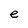
Character: e